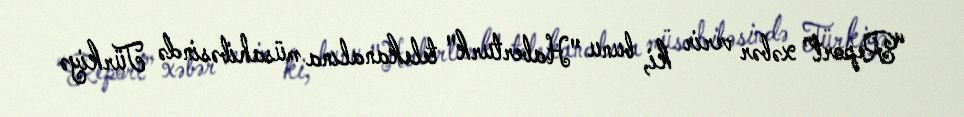
“Report” xəbər verir ki, bunu "Haberturk" telekanalına müsahibəsində Türkiyə